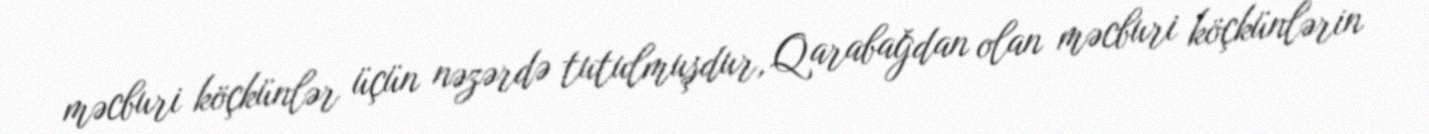
məcburi köçkünlər üçün nəzərdə tutulmuşdur, Qarabağdan olan məcburi köçkünlərin